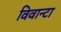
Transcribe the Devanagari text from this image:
विवान्टा